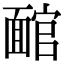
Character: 𩈬